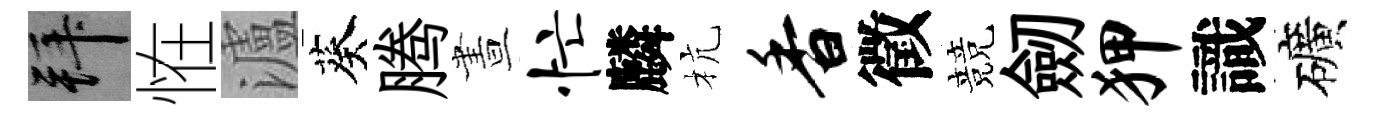
拜恠瀘葵腾晝忙麟杭香徵競劒狎識礦